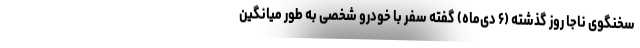
سخنگوی ناجا روز گذشته (۶ دی‌ماه) گفته سفر با خودرو شخصی به طور میانگین